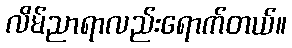
လိမ်ညာရာလည်းရောက်တယ်။